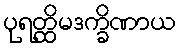
ပုရတ္ထိမဒက္ခိဏာယ